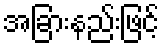
အခြားနည်းဖြင့်